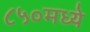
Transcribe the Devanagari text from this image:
८५०मध्ये